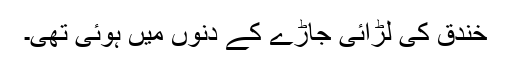
خندق کی لڑائی جاڑے کے دنوں میں ہوئی تھی۔